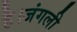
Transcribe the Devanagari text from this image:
है।जंगली